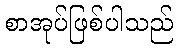
စာအုပ်ဖြစ်ပါသည်